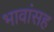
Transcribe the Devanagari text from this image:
भावांसह